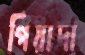
পিয়াদা